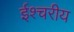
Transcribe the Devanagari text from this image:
ईश्चरीय